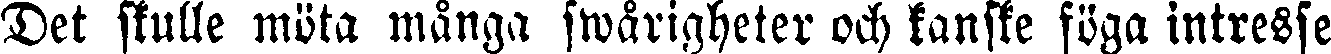
Det skulle möta mänga swårigheter och kanske föga intresse